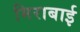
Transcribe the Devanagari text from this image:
मिराबाई